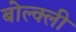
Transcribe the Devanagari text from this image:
बोल्क्ली